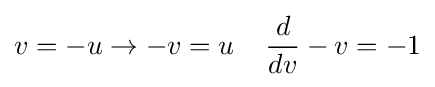
v=-u\rightarrow -v=u\;\;\;\;{\frac {d}{dv}}-v=-1